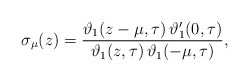
\begin{align*}\sigma_\mu (z) = \frac{\vartheta_1(z-\mu,\tau) \, \vartheta_1^{\prime}(0,\tau)} {\vartheta_1(z,\tau) \, \vartheta_1(-\mu,\tau)} , \end{align*}